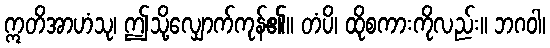
ဣတိအာဟံသု၊ ဤသို့လျှောက်ကုန်၏။ တံပိ၊ ထိုစကားကိုလည်း။ ဘဂဝါ၊